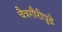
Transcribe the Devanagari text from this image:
चैत्रगौरीपुढे